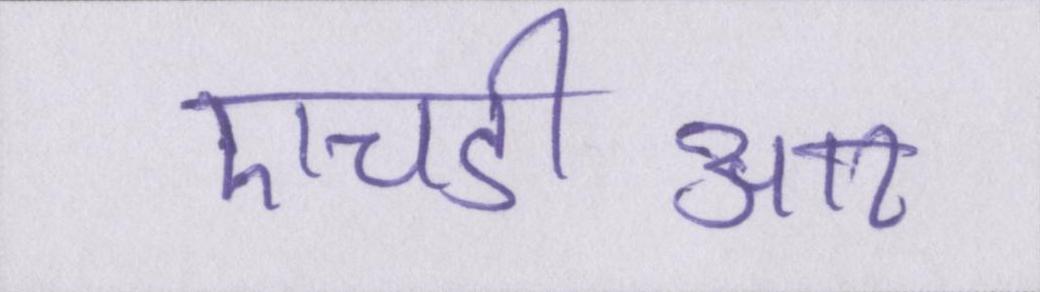
एचडीआर